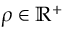
\rho \in \mathbb { R } ^ { + }